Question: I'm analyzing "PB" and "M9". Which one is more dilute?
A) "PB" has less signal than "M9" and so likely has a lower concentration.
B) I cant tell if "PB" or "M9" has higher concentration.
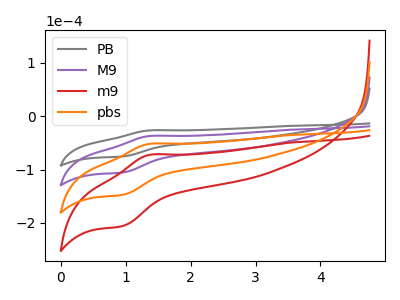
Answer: <think>The gray curve "PB" has an anodic peak at (1.35V, -26.55uA) and a cathodic peak at (0.95V, -75.50uA). The purple curve "M9" has an anodic peak at (1.35V, -37.05uA) and a cathodic peak at (0.95V, -105.45uA). The red curve "m9" has an anodic peak at (1.35V, -111.20uA) and a cathodic peak at (0.95V, -316.40uA). The orange curve "pbs" has an anodic peak at (1.35V, -74.15uA) and a cathodic peak at (0.95V, -210.95uA).
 All the peaks in "PB" have a peak in "M9" at the same potential.</think>
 <answer>B) I cant tell if "PB" or "M9" has higher concentration.</answer>
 <eval>B</eval>